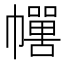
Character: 𱜻